Report on vaccination for the Province of Oudh 1871 -
Year: 1871
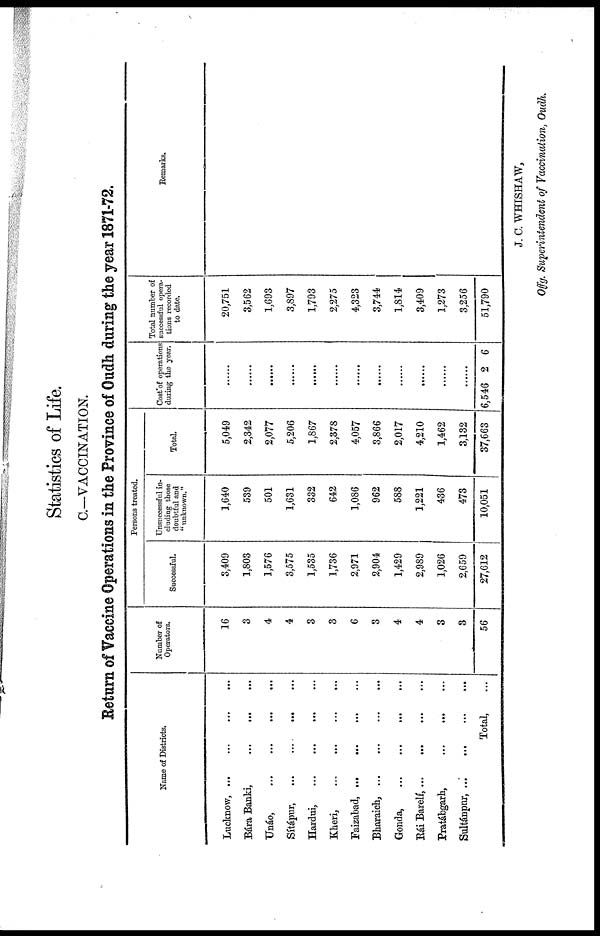
Statistics of Life.
C.—VACCINATION.
Return of Vaccine Operations in the Province of Oudh during the year 1871-72.
Name of Districts.
Lucknow, ...
...
... ...
Bára Banki,
... ... ...
Unáo,
... ... ... ...
Sítápur,
... ... ... ...
Hardui,
... ... ...
Kheri,
... ... ... ...
Faizabad, ...
... ...
Bharaich,
... ... ... ...
Gonda,
... ... ... ...
Rái Barelí,
...
...
...
...
Pratábgarh,
... ... ...
Sultánpnr,
...
...
...
...
Total, ...
Number of
Operators.
16
3
4
4
3
3
6
3
4
4
3
3
56
Persons treated.
Successful.
3,409
1,803
1,576
3,575
1,535
1,736
2,971
2,904
1,429
2,989
1,026
2,659
27,612
Unsuccessful in-
cluding those
doubtful and
"unknown."
1,640
539
501
1,631
332
642
1,086
962
588
1,221
436
473
10,051
Total.
5,049
2,342
2,077
5,206
1,867
2,378
4,057
3,866
2,017
4,210
1,462
3,132
37,663
Cost of operations
during the year.
......
......
......
......
......
......
......
......
......
......
......
......
6,546 2 6
Total number of
successful opera-
tions recorded
to date.
20,751
3,562
1,693
3,897
1,793
2,275
4,323
3,744
1,814
3,409
1,273
3,256
51,790
Remarks.
J. C. WHISHAW,
Offg. Superintendent of Vaccination, Oudh.